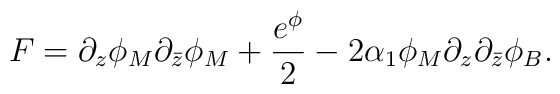
F= \partial_z \phi_M\partial_{\bar z}\phi_M +\frac{e^\phi}{2}-2 \alpha_1\phi_M\partial_z\partial_{\bar z}\phi_B.